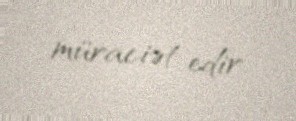
müraciət edir.